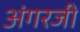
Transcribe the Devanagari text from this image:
अंगरजी